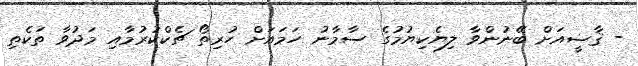
- ޤާޟީއަށް ބޭނުންވާ ލިޔެކިޔުމުގެ ސާމާނު ހަމައަށް ހުރިތޯ ޗެކްކުރުމާއި މަދުވާ ތަކެތި